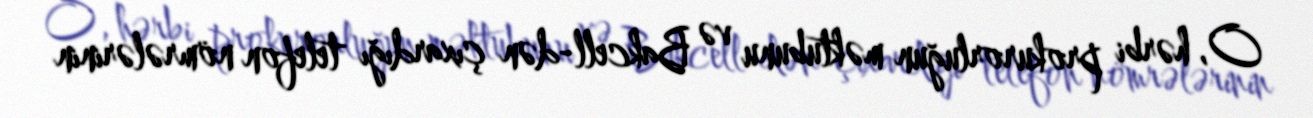
O, hərbi prokurorluğun məktubunu və Bakcell-dən çıxardığı telefon nömrələrinin